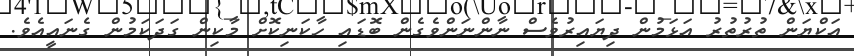
އަކްޔަން ތުރުތުރު އަޅަމުން ދިޔައިރުވެސް ނާންނަންވެގެން ބޮޑައި ހާކަނިކޮށް މާކިން ގަދަކަމުން ގެނައީއެވެ.